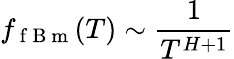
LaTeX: f_{\mathrm{~f~B~m~}}(T)\sim\frac{1}{T^{H+1}}